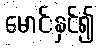
မောင်းနှင်၍